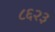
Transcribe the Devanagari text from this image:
८६२३